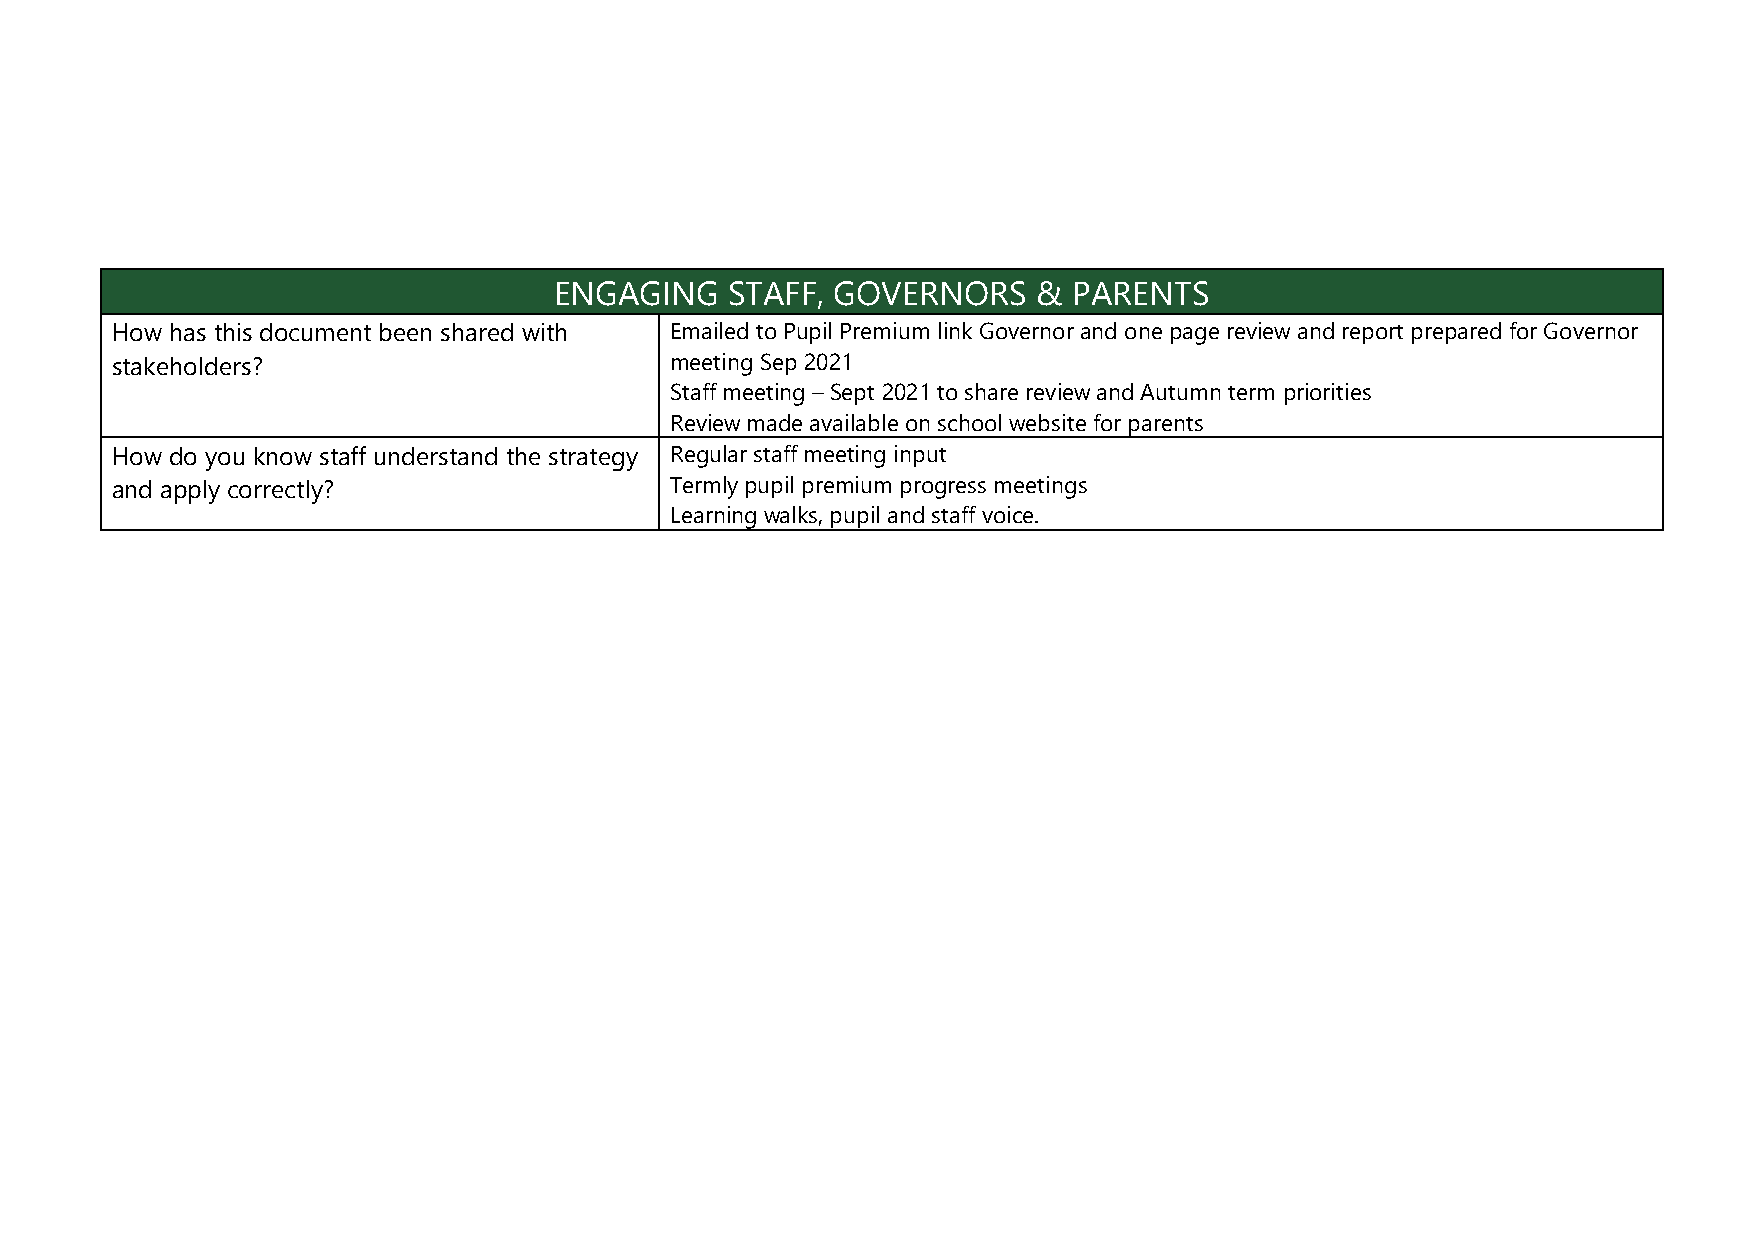
ENGAGING   STAFF, GOVERNORS     & PARENTS
 How has this document been shared with Emailed to Pupil Premium link Governor and one page review and report prepared for Governor
 stakeholders?                        meeting Sep 2021
 Staff meeting – Sept 2021 to share review and Autumn term priorities
 Review made available on school website for parents
 How do you know staff understand the strategy Regular staff meeting input
 and apply correctly?                 Termly pupil premium progress meetings
 Learning walks, pupil and staff voice.